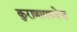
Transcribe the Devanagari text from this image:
कुराणामध्येच